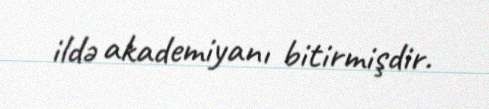
ildə akademiyanı bitirmişdir.